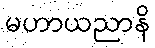
မဟာယညာနိ